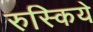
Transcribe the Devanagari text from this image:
रुस्किये